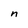
Character: n